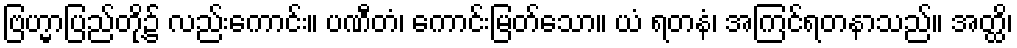
ဗြဟ္မာပြည်တို့၌ လည်းကောင်း။ ပဏီတံ၊ ကောင်းမြတ်သော။ ယံ ရတနံ၊ အကြင်ရတနာသည်။ အတ္ထိ၊